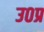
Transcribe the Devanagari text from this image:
उ०प्र